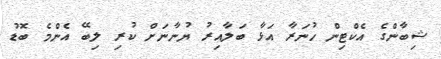
ޝިބާންގެ އެކްޓިން ހުނަރާ އަޅާ ބަލާއިރު ޔުނާނަށް ކުރި ލިބޭ އެންމެ ބޮޑު